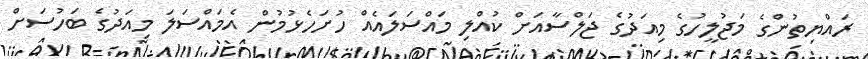
ރައްޔިތުންގެ މަޖުލީހުގެ މިއަދުގެ ޖަލްސާއަށް ކުއްލި މައްސަލައެއް ހުށަހެޅުމުން އެމައްސަލަ މިއަދުގެ ބަހުސަށް